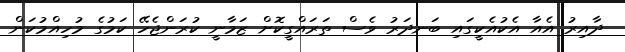
ދާއިރު އެއާ އެކުއެކީގައި ބަނދަރު ވެސް ތަރައްގީކޮށް ޒަމާނީ ކުރަންޖެހޭ ކަމުގެ މުހިއްމުކަން